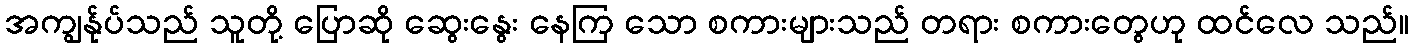
အကျွန်ုပ်သည် သူတို့ ပြောဆို ဆွေးနွေး နေကြ သော စကားများသည် တရား စကားတွေဟု ထင်လေ သည်။